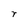
Character: r